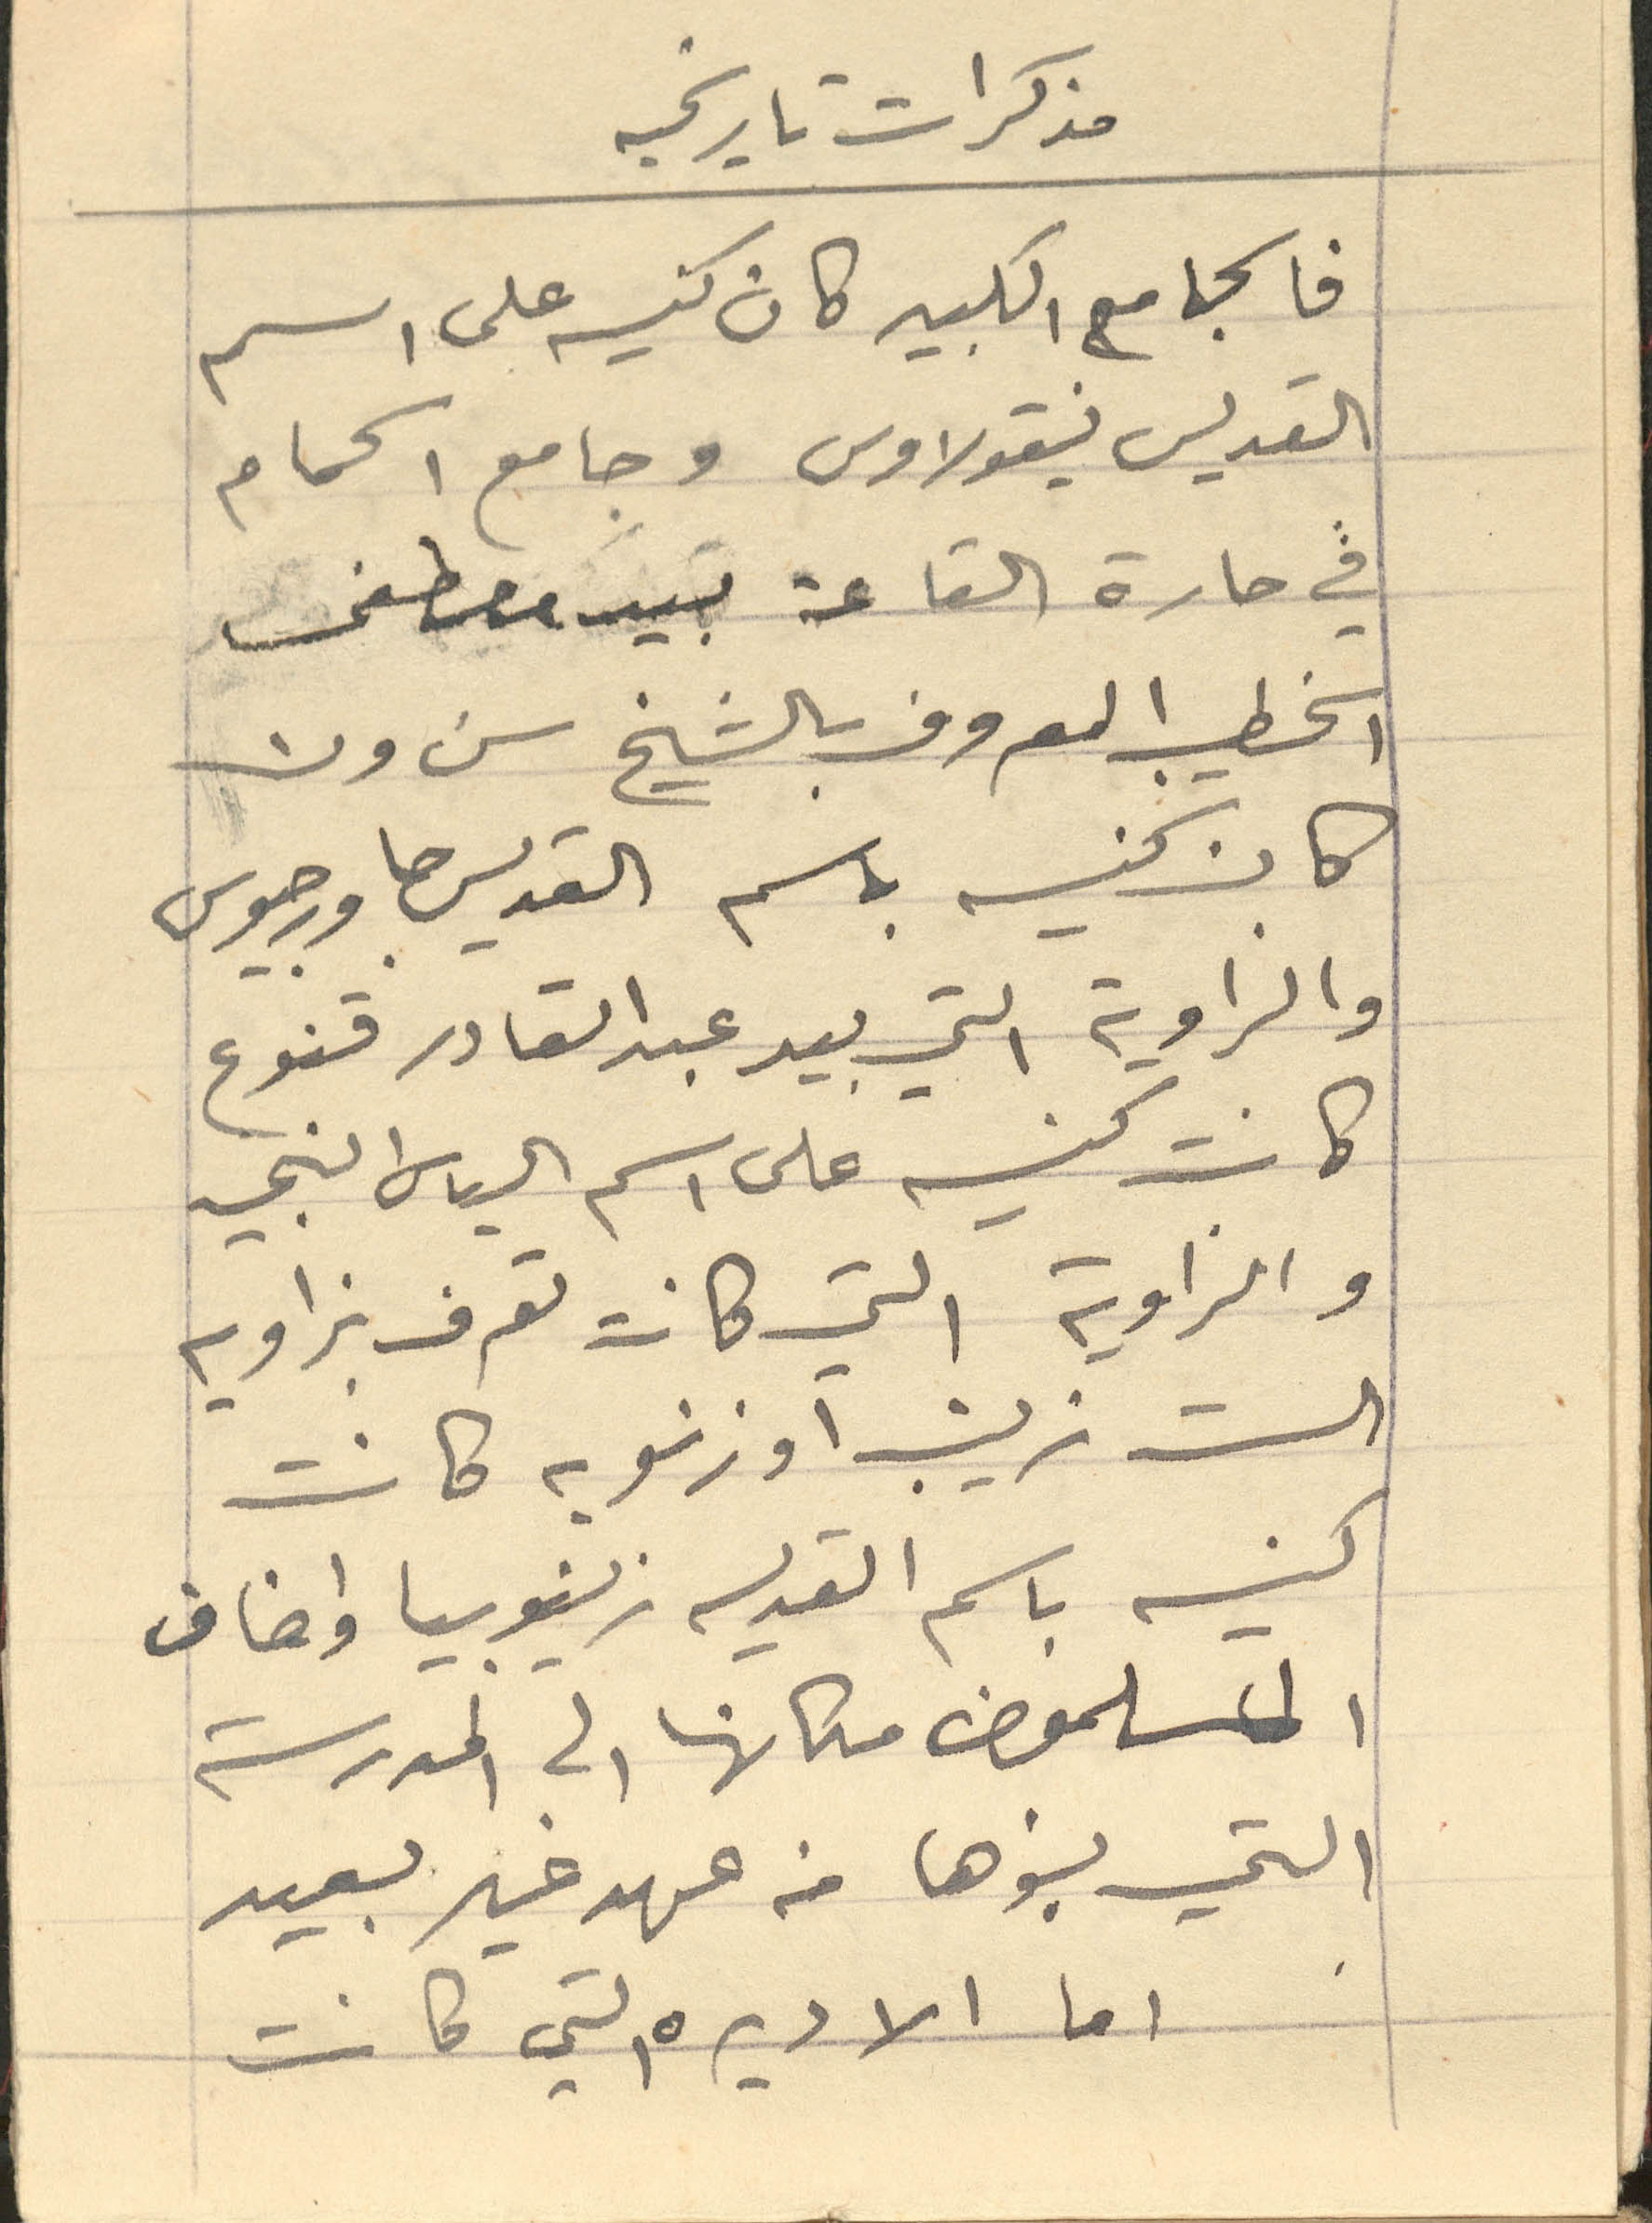
مذكرات تاريخيه
فالجامع الكبير كان كنيسه على اسم
القديس نيقولاوس وجامع الحمام
في حارة القاعة بيد مصطفى
الخطيب المعروف بالشيخ سَرون
كان كنيسه باسم القديس جاورجيوس
والزاوية التي بيد عبد القادر قنوع
كانت كنيسه على اسم الياس النبي
والزاوية التي كانت تعرف بزاويه
الست زينب او زنوبه كانت
كنيسه باسم القديسه زينوبيا واضاف
المسلمون مكانها الى المدرسة
التي بنوها من عهد غير بعيد
اما الاديره التي كانت